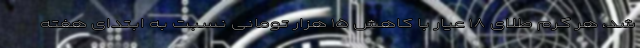
شد، هر گرم طلای ۱۸ عیار با کاهش ۱۵ هزار تومانی نسبت به ابتدای هفته